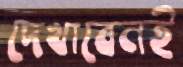
দেখাবেনই